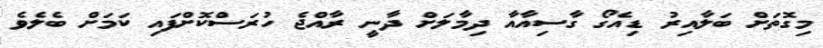
މިގޮތަށް ބަލާއިރު ޑިއެގޯ ގާސިއާއާ ދިމާލަށް ދާނީ ރާއްޖެ ހުރަސްކޮށްފައި ކަމަށް ބެލެވެ